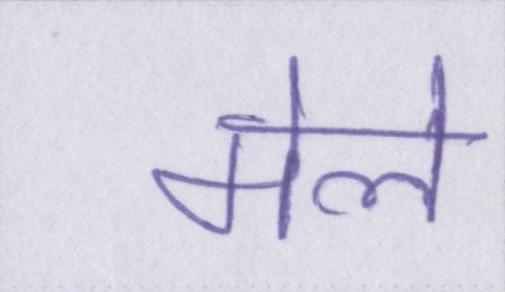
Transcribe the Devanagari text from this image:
मेले